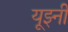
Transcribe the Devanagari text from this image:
यूझ्नी